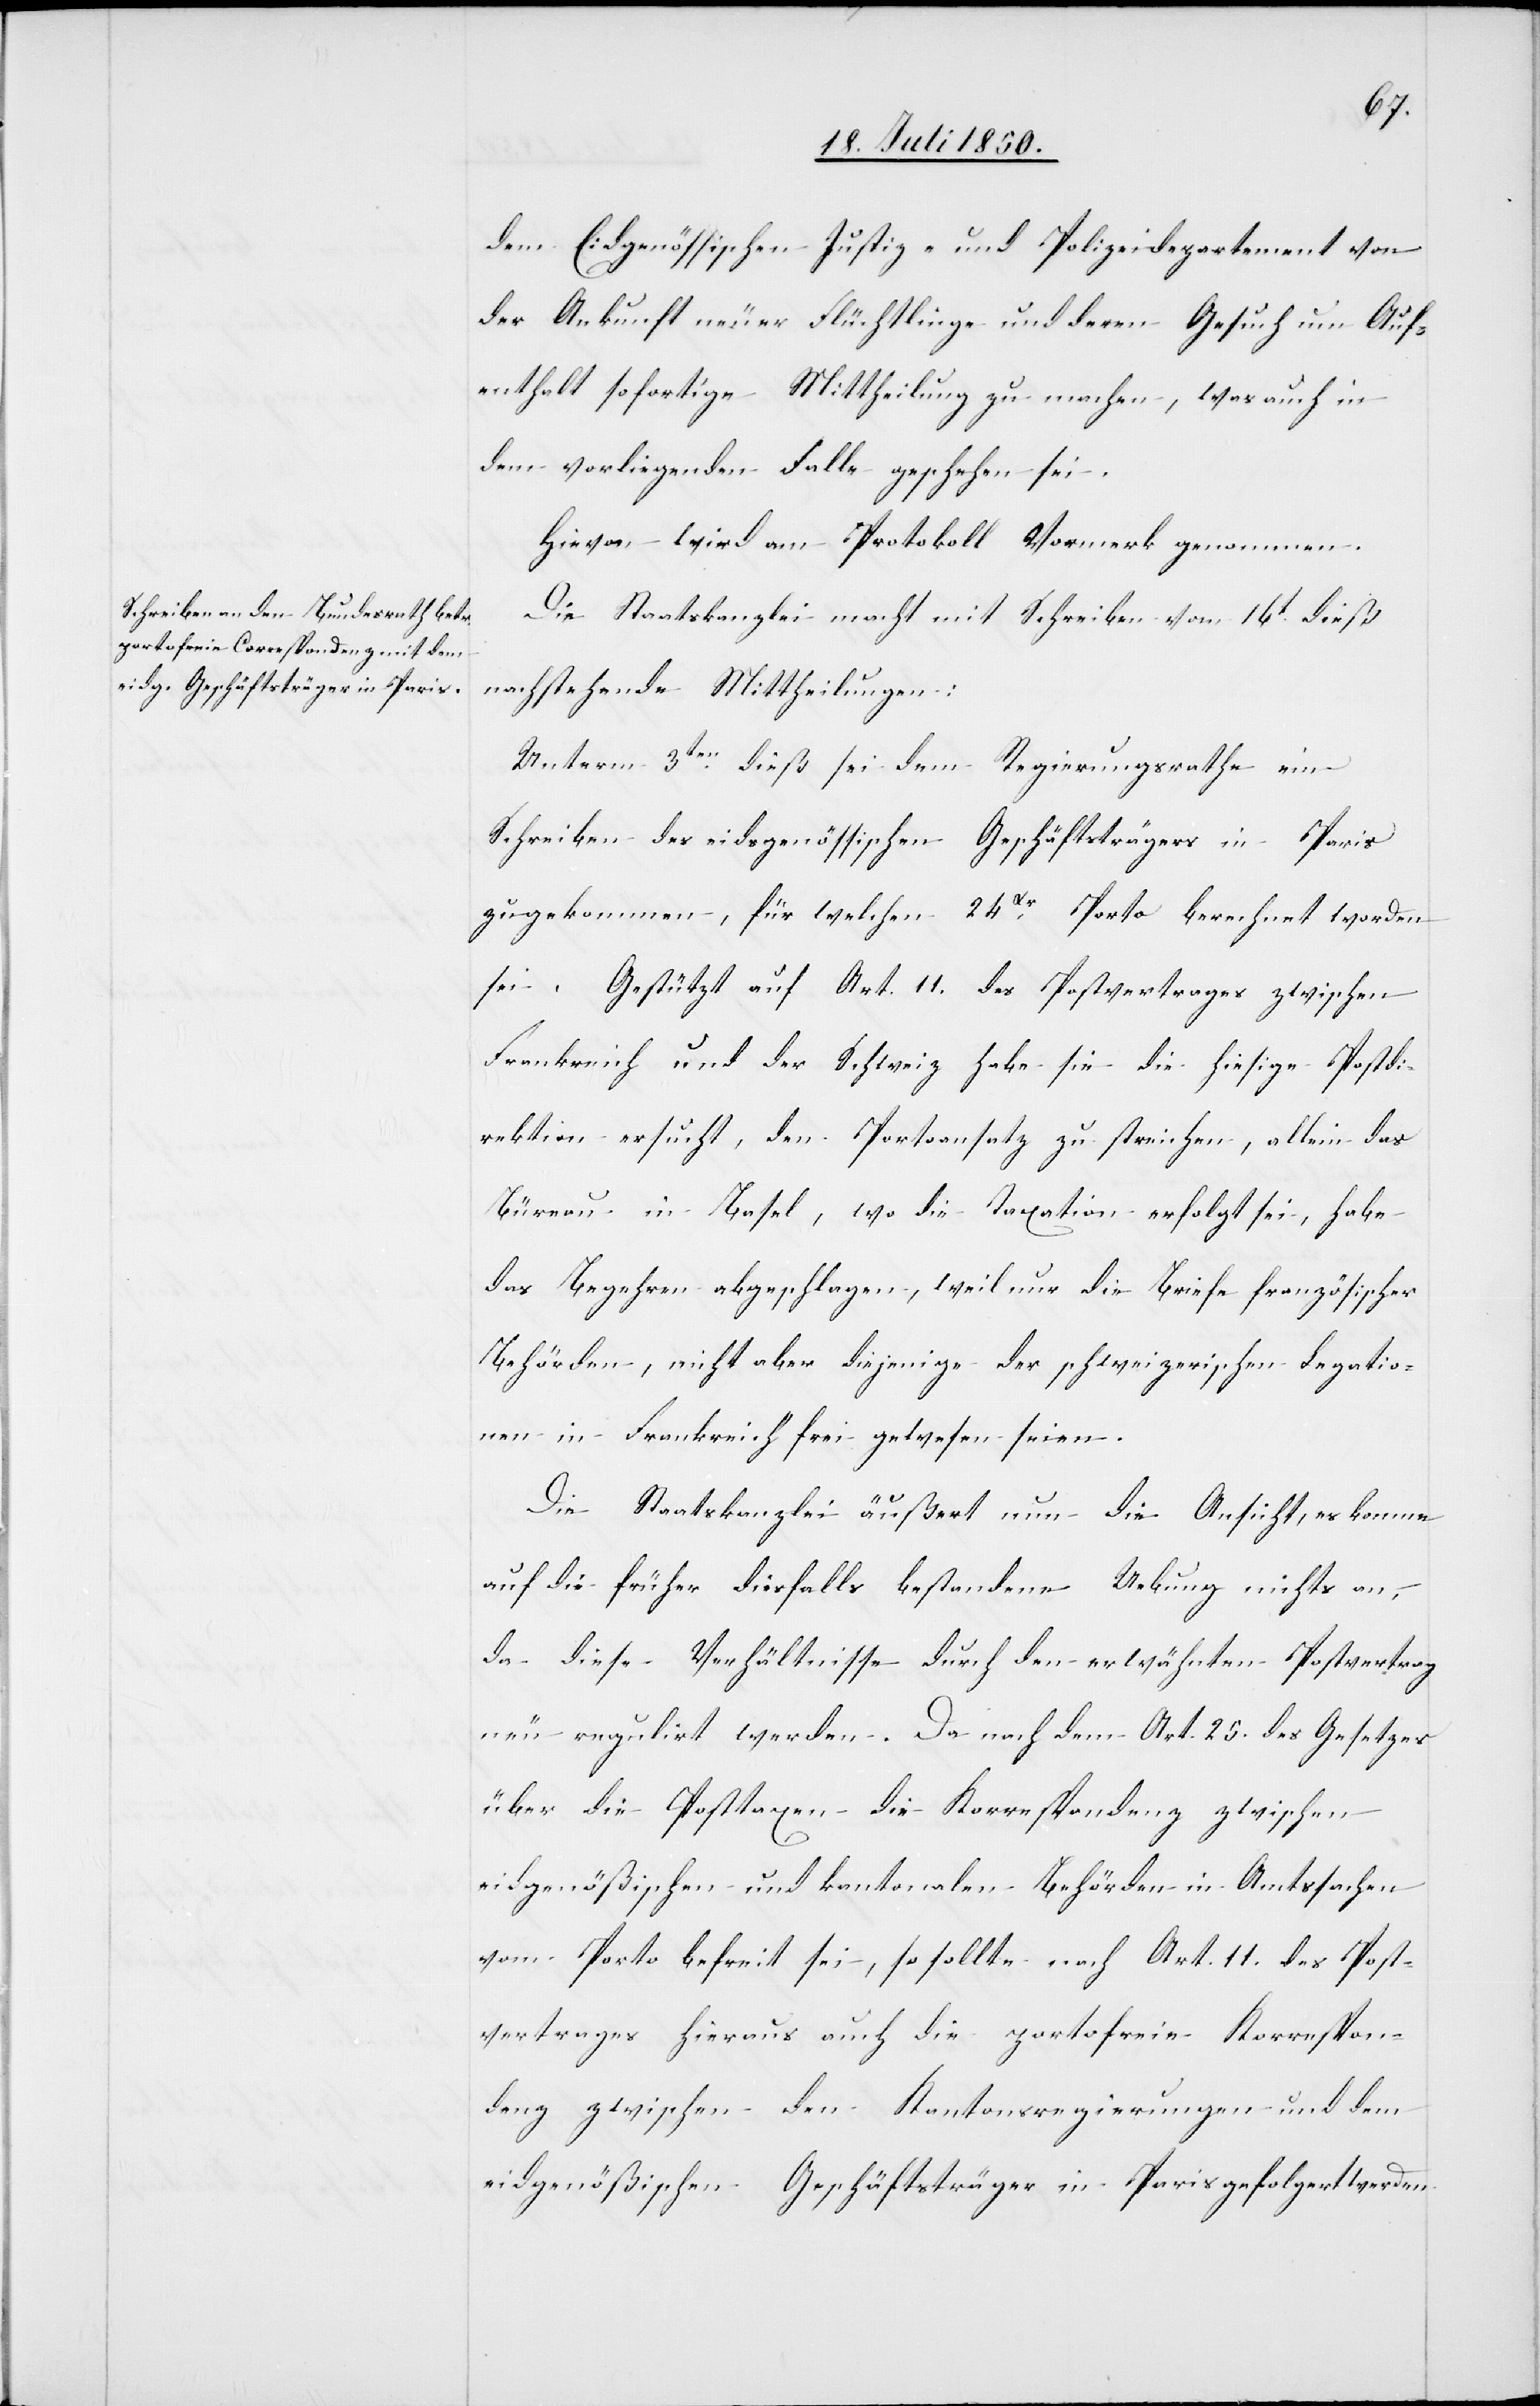
dem Eidgenössischen Justiz- und Polizeidepartement von
der Ankunft neuer Flüchtlinge und deren Gesuch um Auf¬
enthalt sofortige Mittheilung zu machen, was auch in
dem vorliegenden Falle geschehen sei.
Hievon wird am Protokoll Vormerk genommen.
Die Staatskanzlei macht mit Schreiben vom 16t dieß
nachstehende Mittheilungen:
Unterm 3ten dieß sei dem Regierungsrathe ein
Schreiben des eidsgenössischen Geschäftsträgers in Paris
zugekommen, für welchen 24Xr Porto berechnet worden
sei. Gestützt auf Art. 11. des Postvertrages zwischen
Frankreich und der Schweiz habe sie die hiesige Postdi¬
rektion ersucht, den Portoansatz zu streichen, allein das
Büreau in Basel, wo die Taxation erfolgt sei, habe
das Begehren abgeschlagen, weil nur die Briefe französischer
Behörden, nicht aber diejenige der schweizerischen Legatio¬
nen in Frankreich frei gewesen seien.
Die Staatskanzlei äußert nun die Ansicht, es komme
auf die früher diesfalls bestandene Uebung nichts an,
da diese Verhältnisse durch den erwähnten Postvertrag
neu regulirt werden. Da nach dem Art. 25. des Gesetzes
über die Posttaxen die Korrespondenz zwischen
eidgenößischen und kantonalen Behörden in Amtssachen
vom Porto befreit sei, so sollte nach Art. 11. des Post¬
vertrages hieraus auch die portofreie Korrespon¬
denz zwischen den Kantonsregierungen und dem
eidgenößischen Geschäftsträger in Paris gefolgert werden